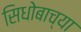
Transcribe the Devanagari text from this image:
सिधोबाच्या